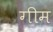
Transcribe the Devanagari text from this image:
गीम